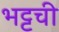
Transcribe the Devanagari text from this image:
भट्टची